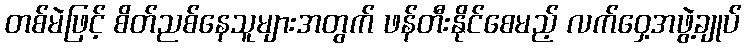
တစ်မဲဖြင့် စိတ်ညစ်နေသူများအတွက် ဖန်တီးနိုင်စေမည့် လက်ဝှေ့အဖွဲ့ချုပ်